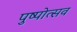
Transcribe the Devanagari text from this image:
पुष्पोत्सव